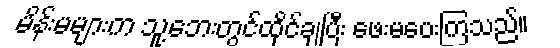
မိန်းမများက သူ့ဘေးတွင်ထိုင်ချပြီး ဖေးမပေးကြသည်။